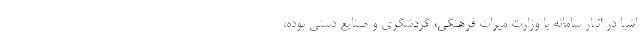
اشیا در انبار سامانه با وزارت میراث فرهنگی، گردشگری و صنایع دستی بوده،